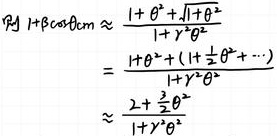
\[
\begin{align*}
Py\ 1 + \beta\cos\theta m &\approx \frac{1 + \theta^{2} + \sqrt{1 + \theta^{2}}}{1 + \gamma^{2}\theta^{2}}\\
&=\frac{1 + \theta^{2} + (1 + \frac{1}{2}\theta^{2}+\cdots)}{1 + \gamma^{2}\theta^{2}}\\
&\approx \frac{2+\frac{3}{2}\theta^{2}}{1 + \gamma^{2}\theta^{2}}
\end{align*}
\]